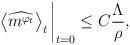
LaTeX: \begin{align*} \left\langle \widehat{m^{\varphi_{t}}}\right\rangle_t\bigg|_{t=0} \leq C\frac{\Lambda}{\rho}, \end{align*}